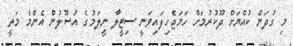
މި ގުދަން ކުއްޔަށް ދޫކުރުމަށް ހަމަޖެހިފައިވަނީ ސިޓީލާ ނީލަމުގެ އުސޫލުން އެންމެ މަތީ